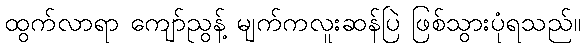
ထွက်လာရာ ကျော်ညွန့် မျက်ကလူးဆန်ပြဲ ဖြစ်သွားပုံရသည်။